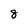
Character: 8